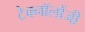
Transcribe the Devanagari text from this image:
टेक्नॉलोंजी